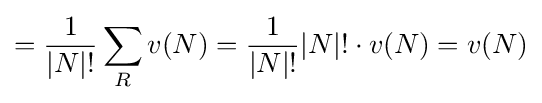
={\frac {1}{|N|!}}\sum _{R}v(N)={\frac {1}{|N|!}}|N|!\cdot v(N)=v(N)